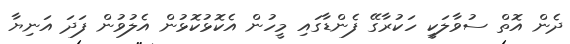
ދެން އޮތް ސުވާލަކީ ހަކުރާގޭ ފެންޑާގައި މީހުން އެކޮޅުކޮޅުން އެލުވުން ފަދަ އަނިޔާ